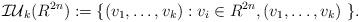
LaTeX: \begin{align*}\mathcal{IU}_{k}(R^{2n}) := \{ (v_{1}, \dots, v_{k}) : v_{i} \in R^{2n}, (v_{1}, \dots, v_{k}) \,\, \}.\end{align*}